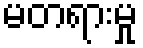
မတရားမှု